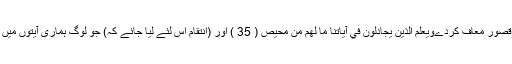
اور بہت سے قصور معاف کردےوَيَعْلَمَ الَّذِينَ يُجَادِلُونَ فِي آيَاتِنَا مَا لَهُم مِّن مَّحِيصٍ ( 35 ) اور (انتقام اس لئے لیا جائے کہ) جو لوگ ہماری آیتوں میں جھگڑتے ہیں۔